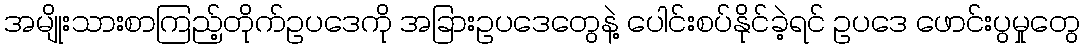
အမျိုးသားစာကြည့်တိုက်ဥပဒေကို အခြားဥပဒေတွေနဲ့ ပေါင်းစပ်နိုင်ခဲ့ရင် ဥပဒေ ဖောင်းပွမှုတွေ